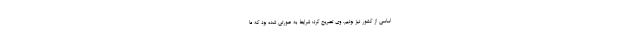
اساسی از کشور نیز بودیم. وی تصریح کرد: شرایط به صورتی شده بود که ما